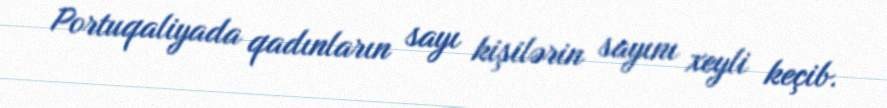
Portuqaliyada qadınların sayı kişilərin sayını xeyli keçib.